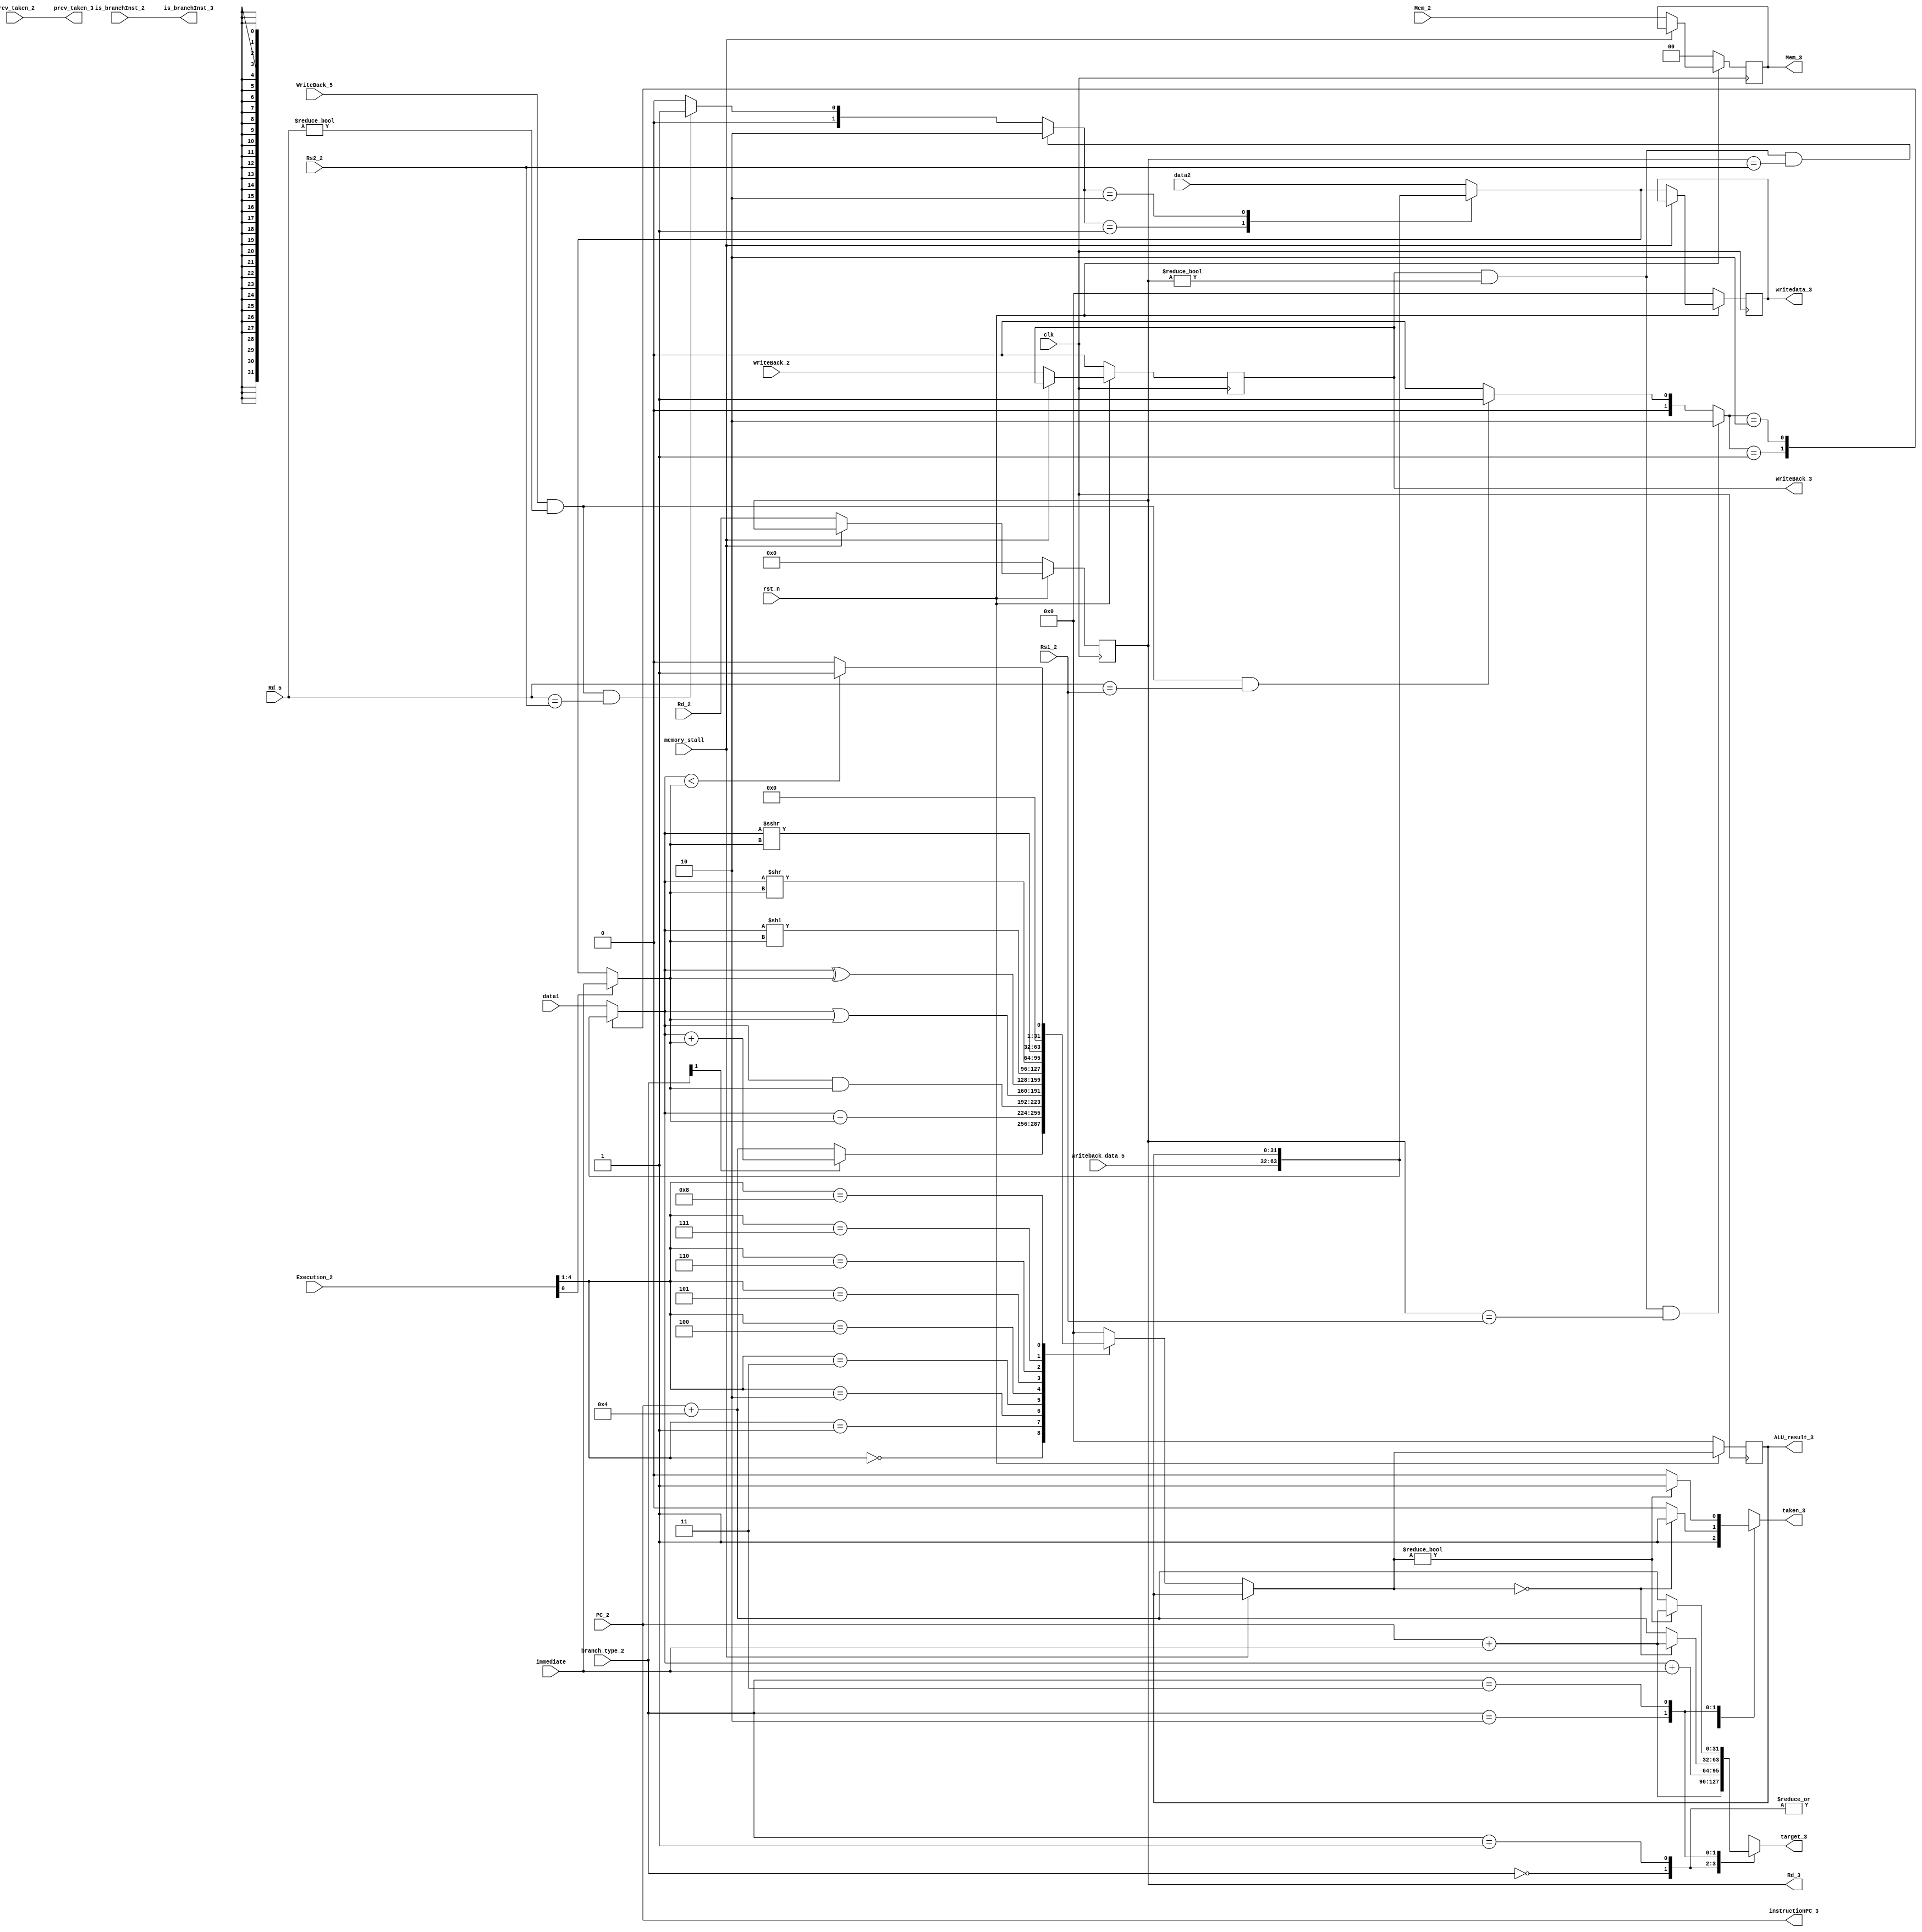
module Execution(
    input         clk,
    input         rst_n,
    input         memory_stall,
    input [31:0]  data1,
    input [31:0]  data2,
    input [31:0]  immediate,   
    input [4:0]   Rs1_2,
    input [4:0]   Rs2_2,
    input [4:0]   Rd_2,
    
    input         is_branchInst_2,
    input [1:0]   branch_type_2,
    input [31:0]  PC_2,
    input         prev_taken_2,
    
    input         WriteBack_2,
    input [1:0]   Mem_2,
    input [4:0]   Execution_2,  // {ALUOp, ALUsrc}
    
    input [31:0]  writeback_data_5,
    input         WriteBack_5,
    input [4:0]   Rd_5,  
    
    output        WriteBack_3,
    output [1:0]  Mem_3,
    output [31:0] ALU_result_3,
    output [31:0] writedata_3, // memory write data
    output [4:0]  Rd_3,

    output [31:0] target_3,
    output [31:0] instructionPC_3,
    output        is_branchInst_3,
    output        taken_3,
    output        prev_taken_3
);

parameter ADD       = 4'd0;
parameter SUB       = 4'd1;
parameter AND       = 4'd2;
parameter OR        = 4'd3;
parameter XOR       = 4'd4;
parameter SLL       = 4'd5;
parameter SRL       = 4'd6;
parameter SRA       = 4'd7;
parameter SLT       = 4'd8;

parameter JAL       = 2'd0;
parameter JALR      = 2'd1;
parameter BEQ       = 2'd2;
parameter BNE       = 2'd3;

// regs
reg [1:0]  Mem_r, Mem_w;
reg        WriteBack_r, WriteBack_w;
reg [4:0]  Rd_r, Rd_w;
reg [31:0] ALU_result_r, ALU_result_w;
reg [31:0] writedata_r, writedata_w;

// wires
reg [31:0] ALU_in1;
reg [31:0] ALU_in2;
reg [31:0] temp;
reg [1:0]  forwardA;
reg [1:0]  forwardB;
reg [31:0] branch_target;
reg        branch_taken;

assign WriteBack_3      = WriteBack_r;
assign Mem_3            = Mem_r;
assign ALU_result_3     = ALU_result_r;
assign writedata_3      = writedata_r;
assign Rd_3             = Rd_r;

assign target_3         = branch_target;
assign instructionPC_3  = PC_2;
assign is_branchInst_3  = is_branchInst_2;
assign taken_3          = branch_taken;
assign prev_taken_3     = prev_taken_2;

always @(*) begin // forwarding unit
    
    if(WriteBack_r && Rd_r != 0 && Rd_r == Rs1_2) begin
        forwardA = 2'b10;
    end
    else if(WriteBack_5 && Rd_5 != 0 && Rd_5 == Rs1_2) begin
        forwardA = 2'b01;
    end
    else begin
        forwardA = 2'b00;
    end

    if(WriteBack_r && Rd_r != 0 && Rd_r == Rs2_2) begin
        forwardB = 2'b10;
    end
    else if(WriteBack_5 && Rd_5 != 0 && Rd_5 == Rs2_2) begin
        forwardB = 2'b01;
    end
    else begin
        forwardB = 2'b00;
    end
end

// ===== ALU input 1 ===== //
always @(*) begin
    case (forwardA)
        2'b00: begin
            ALU_in1 = data1;
        end
        2'b01: begin
            ALU_in1 = writeback_data_5;
        end
        2'b10: begin
            ALU_in1 = ALU_result_r;
        end
        default: begin
            ALU_in1 = data1;
        end
    endcase
end

// ===== ALU input 2 ===== //
always @(*) begin
    case (forwardB)
        2'b00: begin
            temp = data2;
        end
        2'b01: begin
            temp = writeback_data_5;
        end
        2'b10: begin
            temp = ALU_result_r;
        end
        default: begin
            temp = data2;
        end
    endcase
    
    ALU_in2 = Execution_2[0] ? immediate : temp;
end

// ===== Branch Information ===== //
always @(*) begin
    case (branch_type_2)
        JAL: begin
            branch_target   = $signed(PC_2) + $signed(immediate);
            branch_taken    = 1'b1;
        end
        JALR: begin
            branch_target   = $signed(ALU_in1) + $signed(immediate);
            branch_taken    = 1'b1;
        end
        BEQ: begin
            branch_target   = (ALU_result_w == 0) ? $signed(PC_2) + $signed(immediate) : $signed(PC_2) + $signed(4);
            branch_taken    = (ALU_result_w == 0) ? 1'b1 : 1'b0;
        end
        BNE: begin
            branch_target   = (ALU_result_w != 0) ? $signed(PC_2) + $signed(immediate) : $signed(PC_2) + $signed(4);
            branch_taken    = (ALU_result_w != 0) ? 1'b1 : 1'b0;
        end
    endcase
end

// ===== ALU control ===== //
always @(*) begin 
    if(memory_stall) begin
        ALU_result_w = ALU_result_r;        
    end
    else begin
        case(Execution_2[4:1])
            ADD: begin
                if(!branch_type_2[1]) begin // JALR, JAL
                    ALU_result_w = $signed(PC_2) + $signed(4);
                end
                else begin
                    ALU_result_w = $signed(ALU_in1) + $signed(ALU_in2);
                end
            end
            SUB: begin
                ALU_result_w = $signed(ALU_in1) - $signed(ALU_in2);
            end
            AND: begin
                ALU_result_w = ALU_in1 & ALU_in2;
            end
            OR: begin
                ALU_result_w = ALU_in1 | ALU_in2;
            end
            XOR: begin
                ALU_result_w = ALU_in1 ^ ALU_in2;
            end
            SLL: begin
                ALU_result_w = ALU_in1 << ALU_in2;
            end
            SRL: begin
                ALU_result_w = ALU_in1 >> ALU_in2;
            end
            SRA: begin
                ALU_result_w = $signed(ALU_in1) >>> ALU_in2;
            end
            SLT: begin
                ALU_result_w = ($signed(ALU_in1) < $signed(ALU_in2)) ? 1 : 0;
            end
            default: begin
                ALU_result_w = 32'd0;
            end
        endcase    
    end
end

// ===== passing signals ===== //
always @(*) begin
    Mem_w           = memory_stall ? Mem_r          : Mem_2;
    WriteBack_w     = memory_stall ? WriteBack_r    : WriteBack_2;
    Rd_w            = memory_stall ? Rd_r           : Rd_2;
    
    writedata_w     = memory_stall ? writedata_r    : temp;
end

always @(posedge clk) begin
    if(!rst_n) begin
        Mem_r           <= 2'd0;
        WriteBack_r     <= 1'b0;
        Rd_r            <= 5'd0;
        ALU_result_r    <= 32'd0;
        writedata_r     <= 32'd0;
    end
    else begin
        Mem_r           <= Mem_w;
        WriteBack_r     <= WriteBack_w;
        Rd_r            <= Rd_w;
        ALU_result_r    <= ALU_result_w;
        writedata_r     <= writedata_w;
    end
end
endmodule